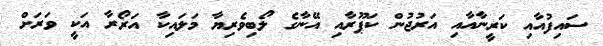
ސައިފުއާއި ކަރީނާއާއި އަރުޖުން ކަޕޫރާއި އޭނާގެ ލޯބިވެރިޔާ މަލައިކާ އަރޯރާ އަކީ ވަރަށް